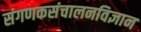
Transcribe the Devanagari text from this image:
संगणकसंचालनविज्ञान